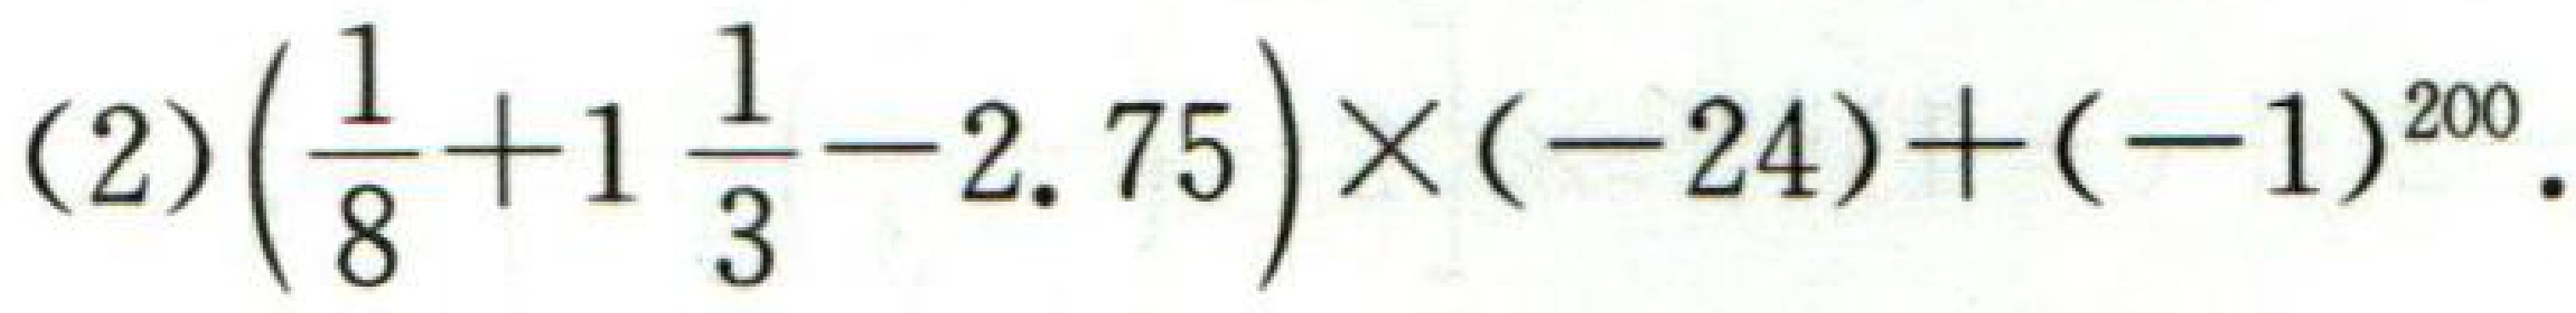
(2)$\left(\dfrac{1}{8}+1\dfrac{1}{3}-2.75\right)\times(-24)+(-1)^{200}$.